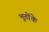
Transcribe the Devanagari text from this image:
भूतोंके